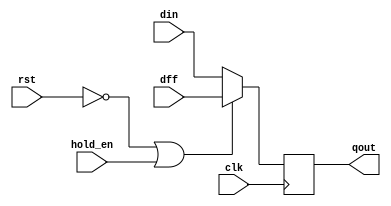
// 
module gen_pipe_dff #(
    parameter aaa = 32)(

    input wire clk,
    input wire rst,
    input wire hold_en,

    input wire[aaa-1:0] dff,
    input wire[aaa-1:0] din,
    output wire[aaa-1:0] qout

    );

    reg[aaa-1:0] temp;

    always @ (posedge clk) begin
        if (!rst | hold_en) begin
            temp <= dff;   ////Clk
        end else begin
            temp <= din;
        end
    end

    assign qout = temp;

endmodule